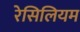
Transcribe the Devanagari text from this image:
रेसिलियम